Report on the administration of the Government Cinchona Department 1892-98
Year: 1892
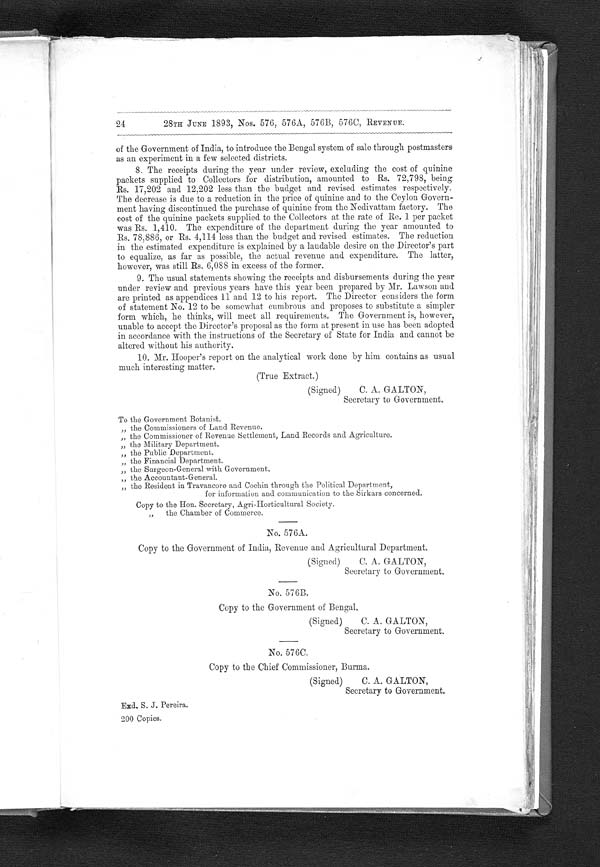
24
28TH JUNE 1893, Nos. 576, 576A, 576B, 576C, REVENUE.
of the Government of India, to introduce the Bengal system of sale through postmasters
as an experiment in a few selected districts.
8. The receipts during the year under review, excluding the cost of quinine
packets supplied to Collectors for distribution, amounted to Rs. 72,798, being
Rs. 17,202 and 12,202 less than the budget and revised estimates respectively.
The decrease is due to a reduction in the price of quinine and to the Ceylon Govern-
ment having discontinued the purchase of quinine from the Nedivattam factory. The
cost of the quinine packets supplied to the Collectors at the rate of Re. 1 per packet
was Rs. 1,410. The expenditure of the department during the year amounted to
Rs. 78,886, or Rs. 4,114 less than the budget and revised estimates. The reduction
in the estimated expenditure is explained by a laudable desire on the Director's part
to equalize, as far as possible, the actual revenue and expenditure. The latter,
however, was still Rs. 6,088 in excess of the former.
9. The usual statements showing the receipts and disbursements during the year
under review and previous years have this year been prepared by Mr. Lawson and
are printed as appendices 11 and 12 to his report. The Director considers the form
of statement No. 12 to be somewhat cumbrous and proposes to substitute a simpler
form which, he thinks, will meet all requirements. The Government is, however,
unable to accept the Director's proposal as the form at present in use has been adopted
in accordance with the instructions of the Secretary of State for India and cannot be
altered without his authority.
10. Mr. Hooper's report on the analytical work done by him contains as usual
much interesting matter.
(True Extract.)
(Signed) C. A. GALTON,
Secretary to Government.
To the Government Botanist.
„ the Commissioners of Land Revenue.
„ the Commissioner of Revenue Settlement, Land Records and Agriculture
.
„ the Military Department.
„ the Public Department.
„ the Financial Department.
„ the Surgeon-General with Government.
„ the Accountant-General.
„ the Resident in Travancore and Cochin through the Political Department,
for information and communication to the Sirkars concerned.
Copy to the Hon. Secretary, Agri-Horticultural Society.
, , t h e C h a m b e r o f C o m m e r c e .
No. 576A.
Copy to the Government of India, Revenue and Agricultural Department.
(Signed) C. A. GALTON,
Secretary to Government.
No. 576B.
Copy to the Government of Bengal.
(Signed) C. A. GALTON,
Secretary to Government.
No. 576C.
Copy to the Chief Commissioner, Burma.
(Signed) C. A, GALTON,
Secretary to Government.
Excl. S. J. Pereira.
200 Copies.